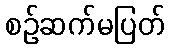
စဉ်ဆက်မပြတ်